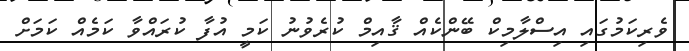
ވެރިކަމުގައި އިސްލާމިކް ބޭންކެއް ޤާއިމް ކުރެވުނު ކަމީ އުފާ ކުރައްވާ ކަމެއް ކަމަށް